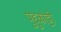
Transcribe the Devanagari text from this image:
पुद्दुकोट्टी